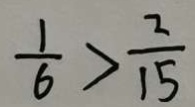
\frac { 1 } { 6 } > \frac { 2 } { 1 5 }